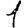
Digit: 1